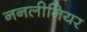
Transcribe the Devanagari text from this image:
ननलीनियर